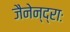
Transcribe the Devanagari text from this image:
जैनेन्द्राः